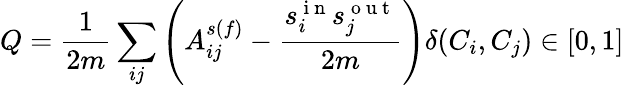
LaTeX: Q=\frac{1}{2m}\sum_{ij}\left(A_{ij}^{s(f)}-\frac{s_{i}^{\mathrm{~i~n~}}s_{j}^{\mathrm{~o~u~t~}}}{2m}\right)\delta(C_{i},C_{j})\in[0,1]